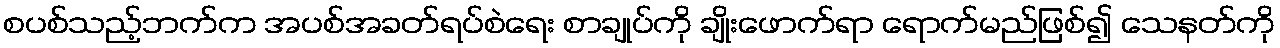
စပစ်သည့်ဘက်က အပစ်အခတ်ရပ်စဲရေး စာချုပ်ကို ချိုးဖောက်ရာ ရောက်မည်ဖြစ်၍ သေနတ်ကို